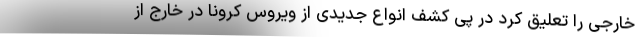
خارجی را تعلیق کرد در پی کشف انواع جدیدی از ویروس کرونا در خارج از